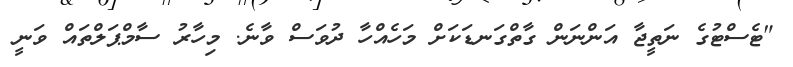
"ޓެސްޓުގެ ނަތީޖާ އަންނަން ގާތްގަނޑަކަށް މަހެއްހާ ދުވަސް ވާނެ. މިހާރު ސާމްޕަލްތައް ވަނީ